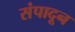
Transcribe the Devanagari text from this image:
संपादून